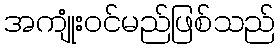
အကျုံးဝင်မည်ဖြစ်သည်